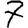
Digit: 7